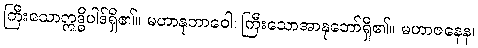
ကြီးသောဣဒ္ဓိပါဒ်ရှိ၏။ မဟာနုဘာဝေါ၊ ကြီးသောအာနုဘော်ရှိ၏။ မဟာဇနေန၊